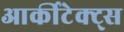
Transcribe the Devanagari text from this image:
आर्कीटेक्ट्स